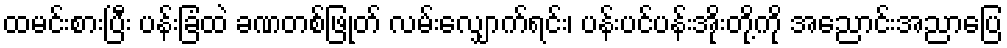
ထမင်းစားပြီး ပန်းခြံထဲ ခဏတစ်ဖြုတ် လမ်းလျှောက်ရင်း၊ ပန်းပင်ပန်းအိုးတို့ကို အညောင်းအညာပြေ